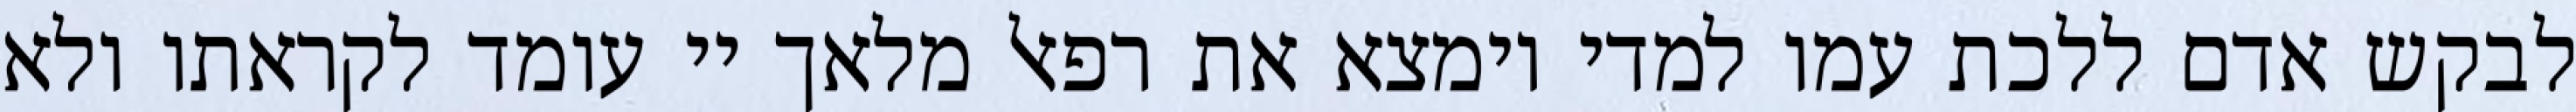
לבקש אדם ללכת עמו למדי וימצא את רפאל מלאך יי עומד לקראתו ולא